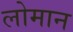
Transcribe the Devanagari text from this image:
लोमान